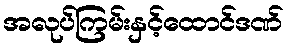
အလုပ်ကြမ်းနှင့်ထောင်ဒဏ်